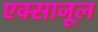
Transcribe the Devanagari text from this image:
एक्साजूल